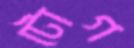
টোগ